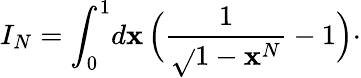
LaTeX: I_{N}=\int_{0}^{1}\! d\mathbf{x}\, \Bigl({\frac{{1}}{{\sqrt{}{{1-\mathbf{x}^{N}}}}}}-1\Bigr)\cdotp